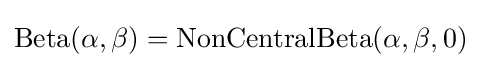
\operatorname {Beta} (\alpha ,\beta )=\operatorname {NonCentralBeta} (\alpha ,\beta ,0)